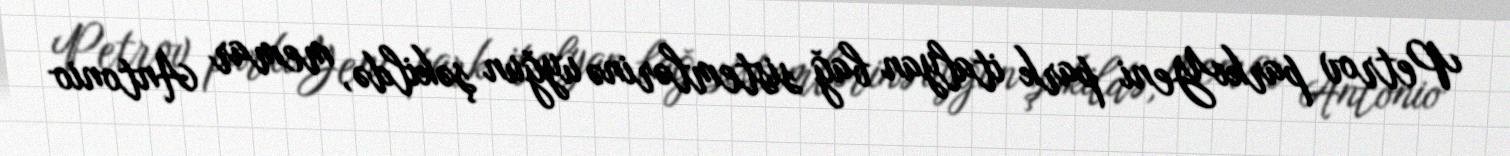
Petrov parkıYeni park italyan bağ sistemlərinə uyğun şəkildə, memar Antonio